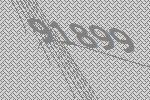
91899